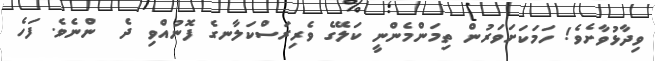
ވިދާޅުވާށެވެ! ހަމަކަށަވަރުން ތިމަންމެންނީ ކަލޭގެ ވެރިރަސްކަލާނގެ ފޮނުއްވި ދެ  ންނެވެ. ފަހެ